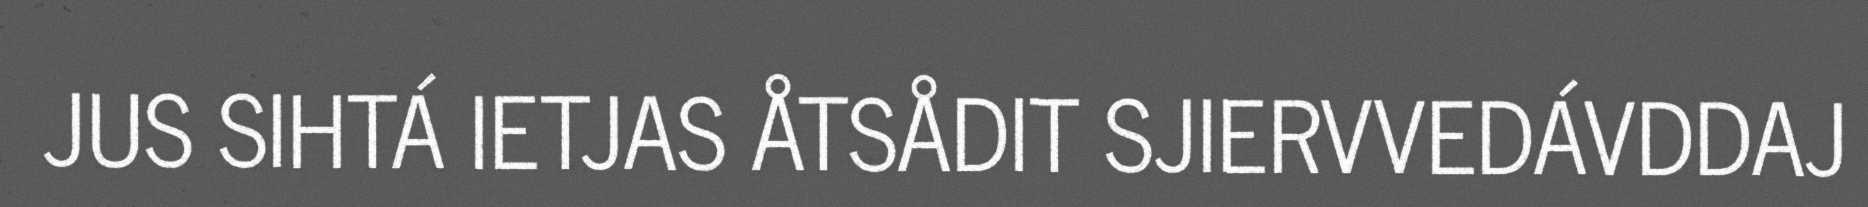
JUS SIHTÁ IETJAS ÅTSÅDIT SJIERVVEDÁVDDAJ